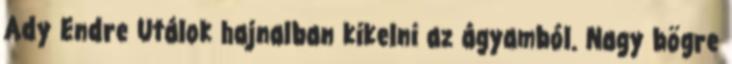
Ady Endre Utálok hajnalban kikelni az ágyamból. Nagy bögre